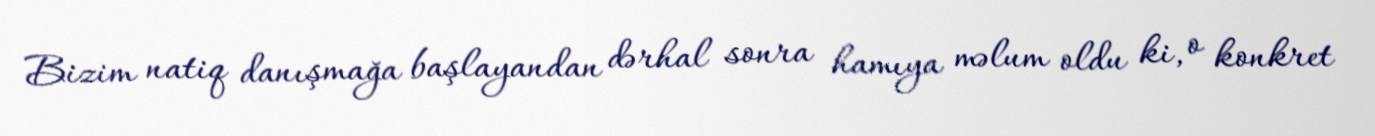
Bizim natiq danışmağa başlayandan dərhal sonra hamıya məlum oldu ki, o konkret